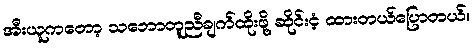
အီးယူကတော့ သဘောတူညီချက်ထိုးဖို့ ဆိုင်းငံ့ ထားတယ်ပြောတယ်။